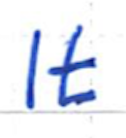
Text: It
Cross-out: clean
Writing tool: ballpoint